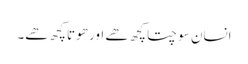
انسان سوچتا کچھ ھے اور ھوتا کچھ ھے۔